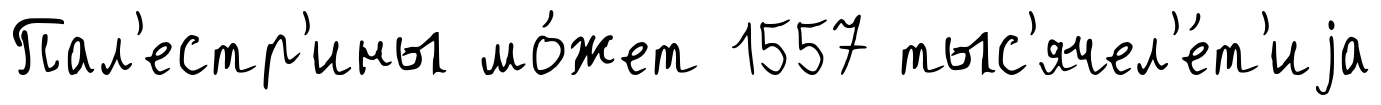
Пал'естр'ины мо́жет 1557 тыс'ячел'е́т'иjа